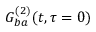
G _ { b a } ^ { ( 2 ) } ( t , \tau = 0 )